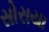
સોરાયા